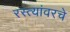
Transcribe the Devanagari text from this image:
रस्त्यांवरचे